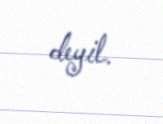
deyil.